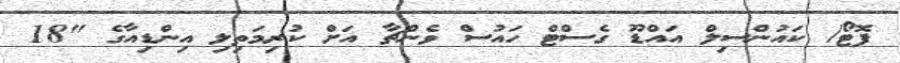
ފޮޓޯ/ ކައުންސިލް އައްޑޫ ގެސްޓް ހައުސް ވެންޗާ އަށް ކުރިމަތިލި އިންޑިއާގެ "18